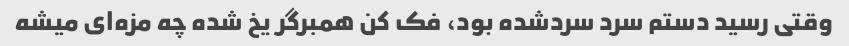
وقتی رسید دستم سرد سردشده بود، فک کن همبرگر یخ شده چه مزه‌ای میشه